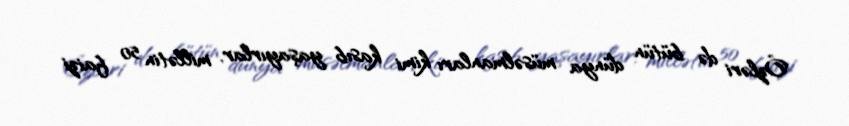
Özləri də bütün dünya müsəlmanları kimi kasıb yaşayırlar, millətin 50 faizi